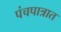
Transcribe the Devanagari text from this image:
पंचपात्रात